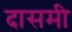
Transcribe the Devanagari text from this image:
दासमी